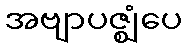
အဗျာပဇ္ဈံပေ